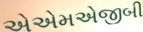
એએમએજીબી